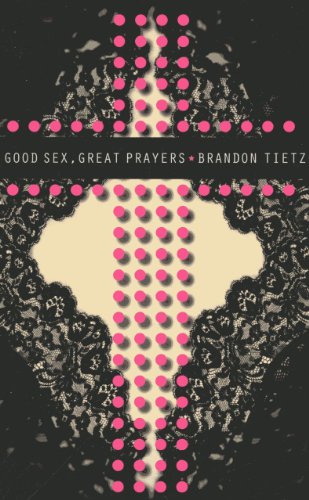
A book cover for Good Sex, Great Prayers; Brandon Tietz; Romance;